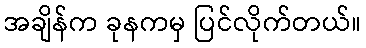
အချိန်က ခုနကမှ ပြင်လိုက်တယ်။